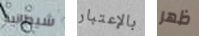
شيطانية بالإعتبار ظهر